Vaccination in Burma 1900-1911 - 1900-1911
Year: 1900
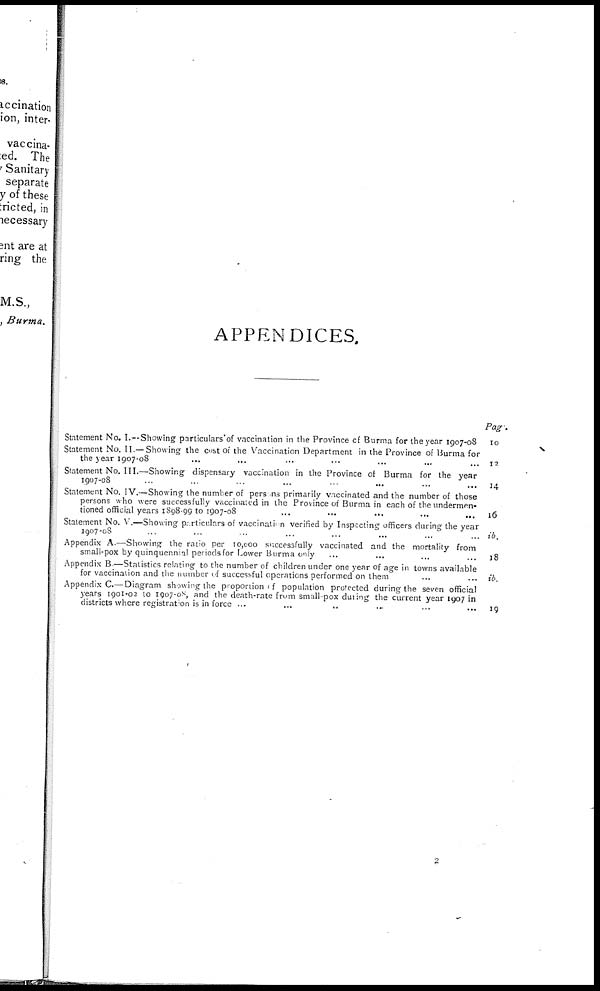
APPENDICES.
Statement No. I.—Showing particulars of vaccination in the Province of Burma for the year 1907-08
Statement No. II.—Showing the cost of the Vaccination Department in the Province of Burma for
the year 1907-08 ... ... ... ... ... ... ...
Statement No. III.—Showing dispensary vaccination in the Province of Burma for the year
1907-08 ... ... ... ... ... ... ...
Statement No. IV.—Showing the number of persons primarily vaccinated and the number of those
persons who were successfully vaccinated in the Province of Burma in each of the undermen-
tioned official years 1898-99 to 1907-08
...
...
...
...
...
Statement No. V.—Showing particulars of vaccination verified by Inspecting officers during the year
1907-08 ... ... ... ... ... ... ...
Appendix A.—Showing the ratio per 10,000 successfully vaccinated and the mortality from
small-pox by quinquennial periods for Lower Burma only ... ... ... ...
Appendix B.—Statistics relating to the number of children under one year of age in towns available
for vaccination and the number of successful operations performed on them
... ...
Appendix C.—Diagram showing the proportion of population protected during the seven official
years 1901-02 to 1907-08, and the death-rate from small-pox during the current year 1907 in
districts where registration is in force ... ... ... ... ... ...
Page.
10
12
14
16
ib.
18
ib.
19
2